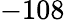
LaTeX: -108